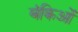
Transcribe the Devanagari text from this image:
बंकिओं